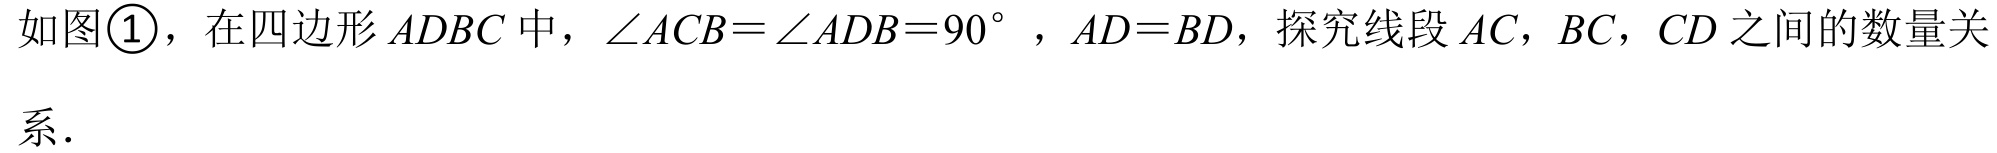
如图\textcircled{1}，在四边形\(ADBC\)中，\(\angle ACB=\angle ADB = 90^{\circ}\)，\(AD = BD\)，探究线段\(AC\)，\(BC\)，\(CD\)之间的数量关
系．